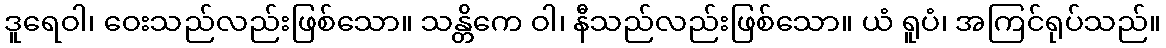
ဒူရေဝါ၊ ဝေးသည်လည်းဖြစ်သော။ သန္တိကေ ဝါ၊ နီသည်လည်းဖြစ်သော။ ယံ ရူပံ၊ အကြင်ရုပ်သည်။